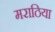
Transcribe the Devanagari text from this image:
मराठिया